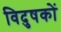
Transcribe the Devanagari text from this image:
विदुषकों